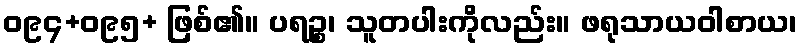
ဝ၉၄+ဝ၉၅+ ဖြစ်၏။ ပရဉ္စ၊ သူတပါးကိုလည်း။ ဖရုသာယဝါစာယ၊